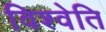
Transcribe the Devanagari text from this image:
विश्वेति